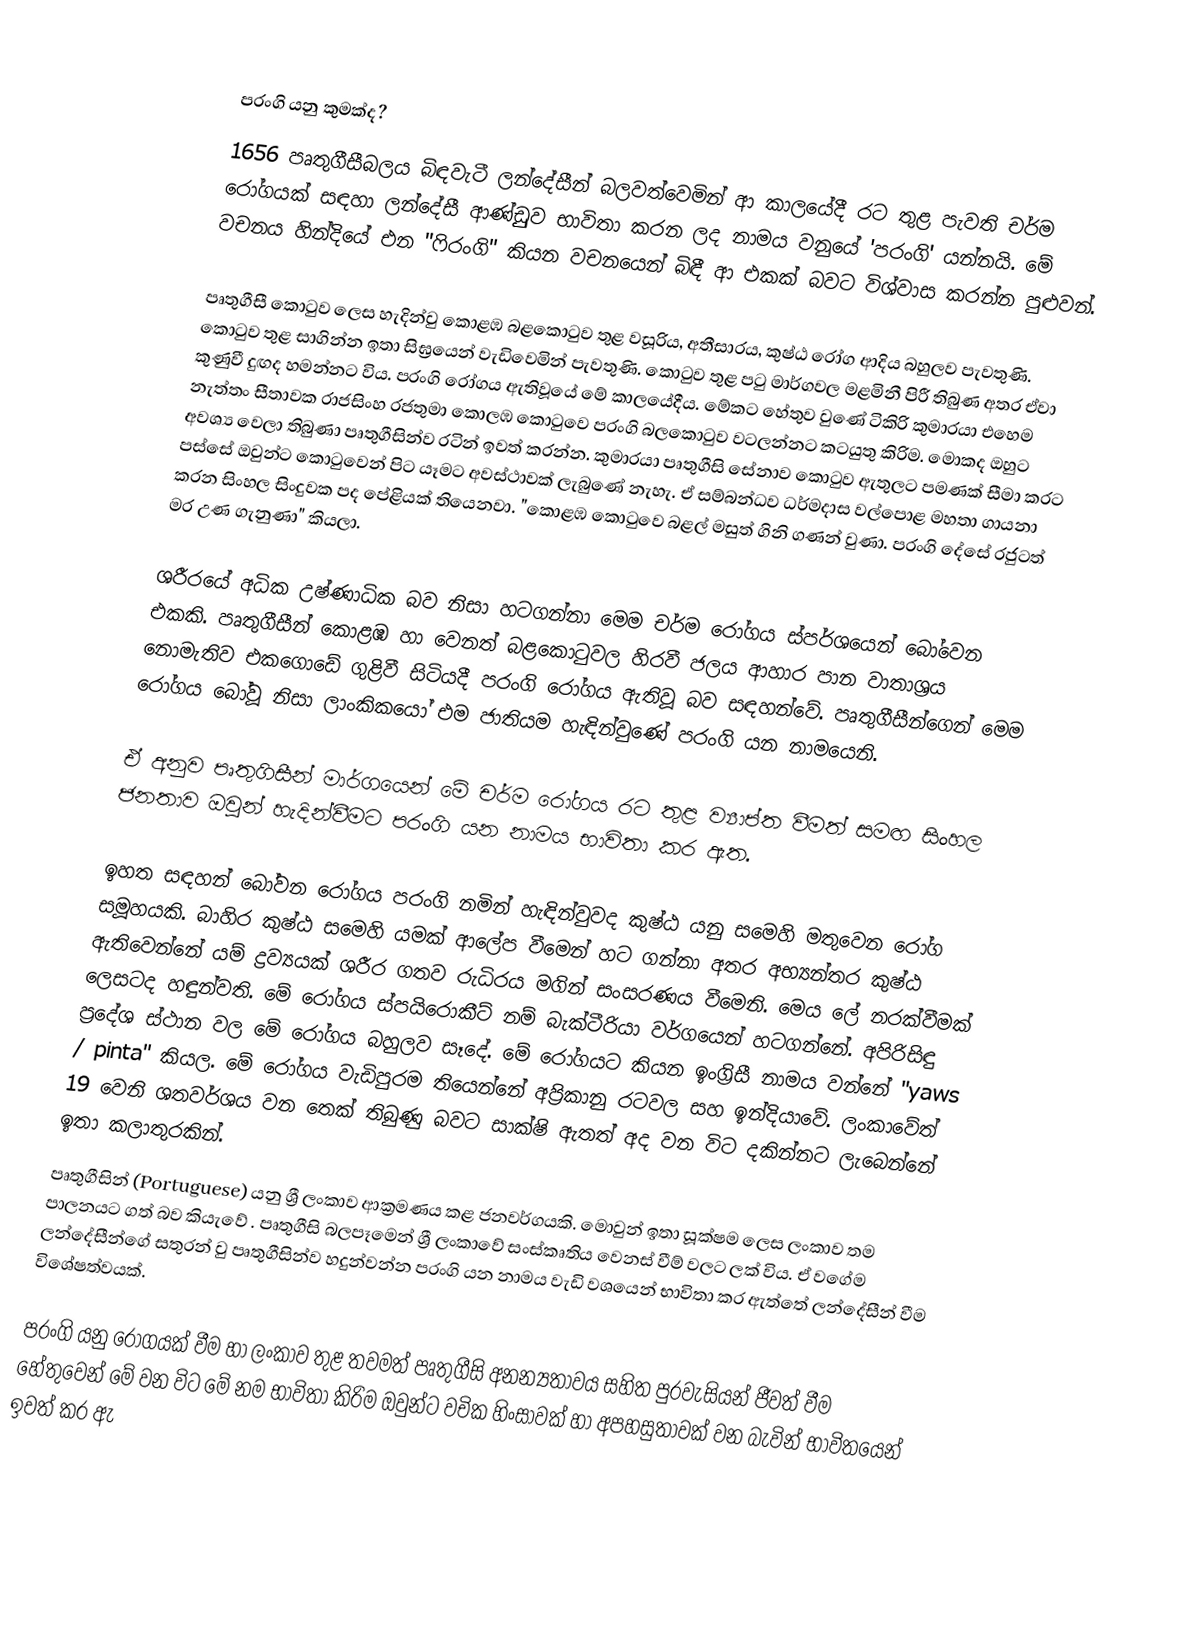

පරංගි යනු කුමක්ද?
1656 පෘතුගීසී‍බලය බිඳවැටී ලන්දේසීන් බලවත්වෙමින් ආ කාලයේදී රට තුළ පැවති චර්ම රෝගයක් සඳහා ලන්දේසී ආණ්ඩුුව භාවිතා කරන ලද නාමය වනුයේ 'පරංගි' යන්නයි. මේ වචනය හින්දියේ එන "ෆිරංගි" කියන වචනයෙන් බිඳී ආ එකක් බවට විශ්වාස කරන්න පුළුවන්.

පෘතුගීසී කොටුව ලෙස හැදින්වු කොළඹ බළකොටුව තුළ වසූරිය, අතීසාරය, කුෂ්ඨ රෝග ආදිය බහුලව පැවතුණි. කොටුව තුළ සාගින්න ඉතා සිඝ්‍රයෙන් වැඩිවෙමින් පැවතුණි. කොටුව තුළ පටු මාර්ගවල මළමිනී පිරී තිබුණ අතර ඒවා කුණුවී දුඟද හමන්නට විය. පරංගි රෝගය ඇතිවූයේ මේ කාලයේදීය. ‌මේකට හේතුව වුණේ ටිකිරි කුමාරයා එහෙම නැත්තං සීතාවක රාජසිංහ රජතුමා කොලඹ කොටුවෙ පරංගි බලකොටුව වටලන්නට කටයුතු කිරිම. ‌මොක‍ද ඔහුට අවශ්‍ය වෙලා තිබුණා පෘතුගීසින්ව රටින් ඉවත් කරන්න. කුමාරයා පෘතුගීසි සේනාව ‌කොටුව ඇතුලට පමණක් සීමා කරට පස්සේ ඔවුන්ට ‌කොටුවෙන් පිට යෑමට අවස්ථාවක් ලැබුණේ නැහැ. ඒ සම්බන්ධව ධර්මදාස වල්පොළ මහතා ගායනා කරන සිංහල සිංදුවක ‌පද පේළියක්  තියෙනවා. "කොළඹ කොටුවෙ බළල් මසුත් ගිනි ගණන් වුණා. පරංගි දේසේ රජුටත් මර උණ ගැනුණා" කියලා.

ශරීරයේ අධික උෂ්ණාධික බව නිසා හටගන්නා මෙම චර්ම රෝගය ස්පර්ශයෙන් බෝවෙන එකකි. පෘතුගීසීන් කොළඹ හා වෙනත් බළකොටුවල හිරවී ජලය ආහාර පාන වාතාශ්‍රය නොමැතිව එකගොඩේ ගුළිවී සිටියදී පරංගි රෝගය ඇතිවූ බව සඳහන්වේ. පෘතුගීසීන්ගෙන් මෙම රෝගය බෝවූ නිසා ලාංකිකයෝ එම ජාතියම හැඳින්වුණේ පරංගි යන නාමයෙනි.  

ඒ අනුව පෘතුගිසීන් මාර්ගයෙන් මේ චර්ම රෝගය ‌රට තුළ ව්‍යාප්ත වීමත් සමඟ සිංහල ජනතාව ඔවුන් හැදින්වීමට ‌පරංගි යන නාමය භාවිතා කර ඇත.

ඉහත සඳහන් බෝවන රෝගය පරංගි නමින් හැඳින්වුවද කුෂ්ඨ යනු සමෙහි මතුවෙන රෝග සමූහයකි. බාහිර කුෂ්ඨ සමෙහි යමක් ආලේප වීමෙන් හට ගන්නා අතර අභ්‍යන්තර කුෂ්ඨ ඇතිවෙන්නේ යම් ද්‍රව්‍යයක් ශරීර ගතව රුධිරය මගින් සංසරණය වීමෙනි. මෙය ලේ නරක්වීමක් ලෙසටද හඳුන්වති. මේ රෝගය ස්පයිරොකීට් නම් බැක්ටීරියා වර්ගයෙන් හටගන්නේ. අපිරිසිඳු ප්‍රදේශ ස්ථාන වල මේ රෝගය බහුලව සෑදේ. මේ රෝගයට කියන ඉංග්‍රිසී නාමය වන්නේ   "yaws / pinta" කියල. මේ රෝගය වැඩිපුරම තියෙන්නේ අප්‍රිකානු රටවල සහ ඉන්දියාවේ. ලංකාවේත් 19 වෙනි ශතවර්ශය වන තෙක් තිබුණු බවට සාක්ෂි ඇතත් අද වන විට දකින්නට ලැබෙන්නේ ඉතා කලාතුරකින්.
පෘතුගීසින් (Portuguese) යනු ශ්‍රී ලංකාව ආක්‍රමණය කළ ජනවර්ගයකි. මොවුන් ඉතා සූක්ෂම ලෙස ලංකාව තම පාලනයට ගත්  බව කියැවේ . පෘතුගීසි  බලපෑමෙන් ශ්‍රී ලංකාවේ සංස්කෘතිය වෙනස් වීම් වලට ලක් විය. ඒ වගේම ලන්දේසීන්ගේ සතුරන් වු පෘතුගීසින්ව  හදුන්වන්න පරංගි යන නාමය වැඩි වශයෙන් භාවිතා කර ඇත්තේ ලන්දේසීන් වීම විශේෂත්වයක්.

පරංගි යනු රෝගයක් වීම හා ලංකාව තුළ තවමත් පෘතුගීසි අනන්‍යතාවය සහිත පුරවැසියන් ‍‍‍‍‍‍ජීවත් වීම හේතුවෙන් මේ වන විට මේ නම භාවිතා කිරිම ඔවුන්ට වචික හිංසාවක් හා අපහසුතාවක් වන බැවින් භාවිතයෙන් ඉවත් කර ඇ